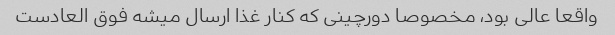
واقعا عالی بود، مخصوصا دورچینی که کنار غذا ارسال میشه فوق العادست